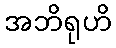
အဘိရုဟိ